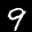
Label: 9